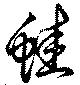
蛙